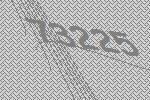
73225